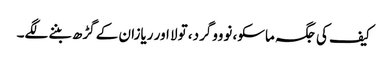
کیف کی جگہ ماسکو، نوووگرد، تولا اور ریازان کے گڑھ بننے لگے۔